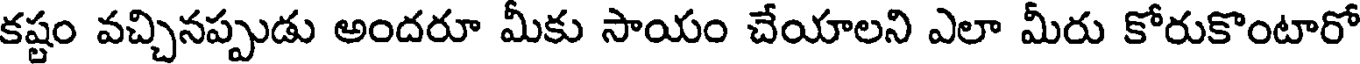
కష్టం వచ్చినప్పుడు అందరూ మీకు సాయం చేయాలని ఎలా మీరు కోరుకొంటారో